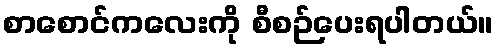
စာစောင်ကလေးကို စီစဉ်ပေးရပါတယ်။